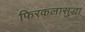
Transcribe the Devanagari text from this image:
फिरकलासुद्धा